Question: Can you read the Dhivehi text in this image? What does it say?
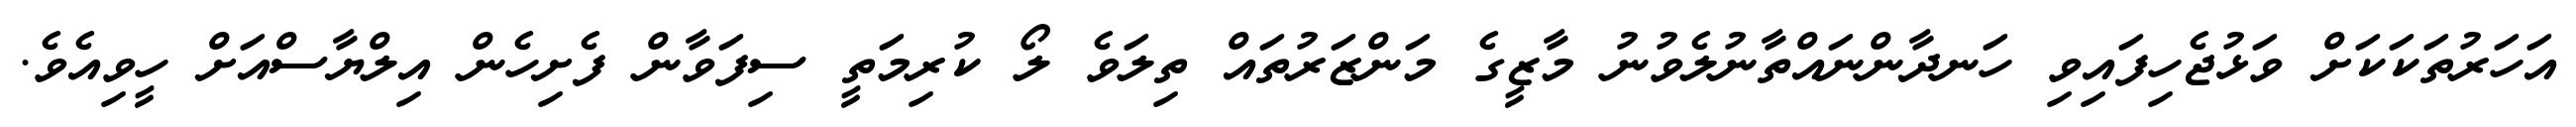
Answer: އަހަރުތަކަކަށް ވަޅުޖެހިފައިވި ހަނދާންނައްތާނުލެވުނު މާޒީގެ މަންޒަރުތައް ތިލަވެ ލޯ ކުރިމަތީ ސިފަވާން ފެށިހެން އިލްޔާސްއަށް ހީވިއެވެ.